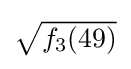
{\textstyle {\sqrt {f_{3}(49)}}}